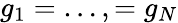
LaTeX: g_{1}=\dots,=g_{N}